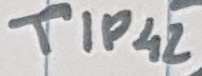
Text: TIP42